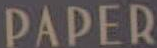
PAPER